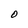
Character: O